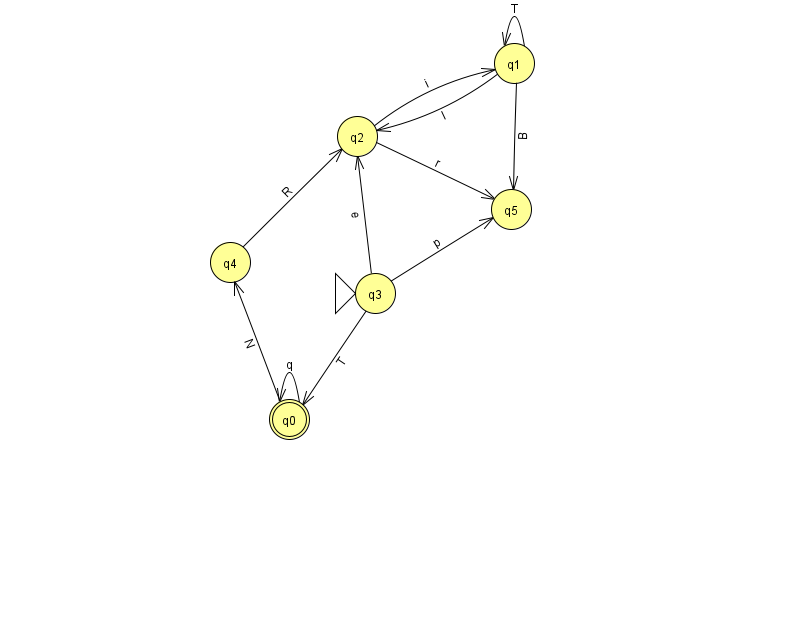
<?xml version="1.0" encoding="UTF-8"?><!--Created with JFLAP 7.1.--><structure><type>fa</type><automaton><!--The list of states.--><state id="0" name="q0"><x>289.0</x><y>406.0</y><final/></state><state id="1" name="q1"><x>514.0</x><y>50.0</y></state><state id="2" name="q2"><x>357.0</x><y>123.0</y></state><state id="3" name="q3"><x>375.0</x><y>280.0</y><initial/></state><state id="4" name="q4"><x>230.0</x><y>249.0</y></state><state id="5" name="q5"><x>511.0</x><y>196.0</y></state><!--The list of transitions.--><transition><from>4</from><to>2</to><read>R</read></transition><transition><from>0</from><to>0</to><read>q</read></transition><transition><from>2</from><to>1</to><read>i</read></transition><transition><from>1</from><to>1</to><read>T</read></transition><transition><from>1</from><to>2</to><read>l</read></transition><transition><from>1</from><to>5</to><read>B</read></transition><transition><from>3</from><to>0</to><read>T</read></transition><transition><from>3</from><to>2</to><read>e</read></transition><transition><from>0</from><to>4</to><read>N</read></transition><transition><from>2</from><to>5</to><read>r</read></transition><transition><from>3</from><to>5</to><read>p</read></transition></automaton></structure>